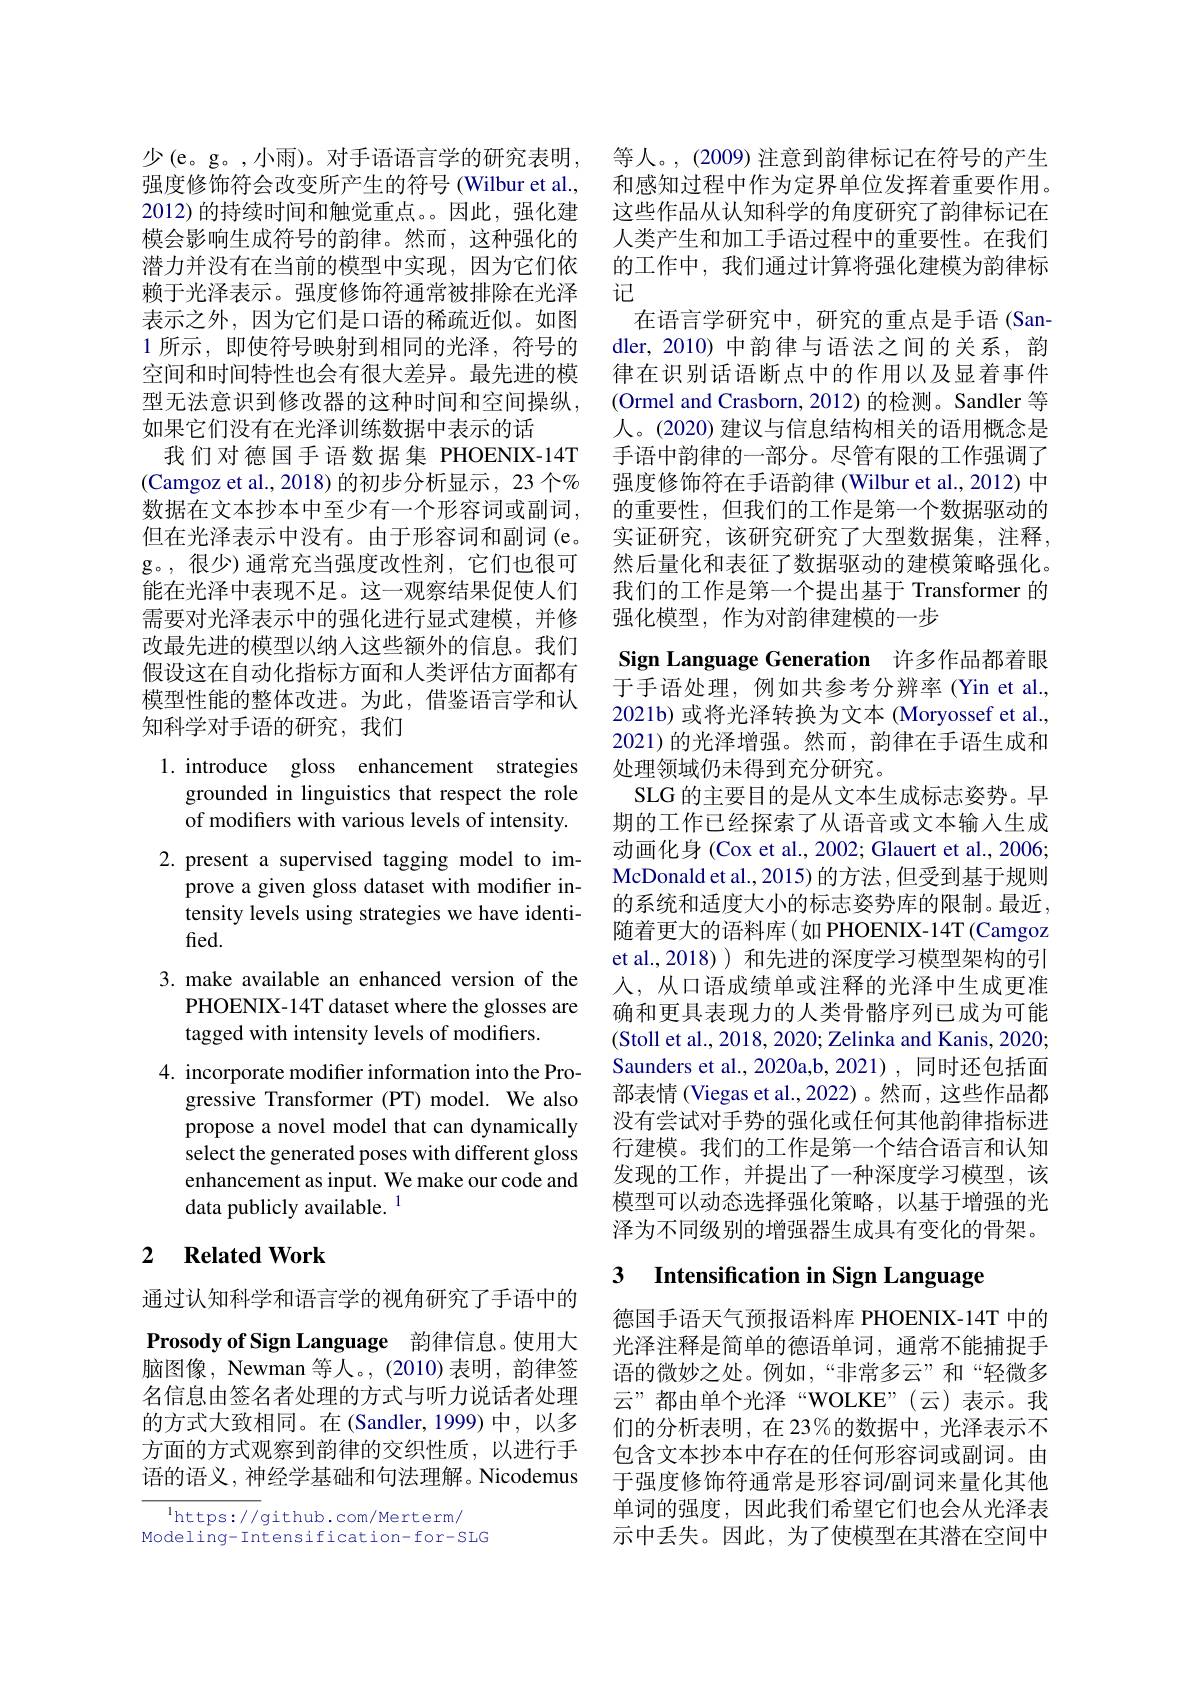
强度修饰符会改变所产生的符号 (Wilbur et al., 模会影响生成符号的韵律。然而，这种强化的潜力并没有在当前的模型中实现，因为它们依赖于光泽表示。强度修饰符通常被排除在光泽表示之外，因为它们是口语的稀疏近似。如图1 所示，即使符号映射到相同的光泽，符号的空间和时间特性也会有很大差异。最先进的模型无法意识到修改器的这种时间和空间操纵， 如果它们没有在光泽训练数据中表示的话
我们对德国手语数据集 PHOENIX-14T (Camgoz et al.,2018)的初步分析显示，23 个% 数据在文本抄本中至少有一个形容词或副词， 但在光泽表示中没有。由于形容词和副词(e。g。,很少)通常充当强度改性剂，它们也很可能在光泽中表现不足。这一观察结果促使人们需要对光泽表示中的强化进行显式建模，并修改最先进的模型以纳入这些额外的信息。我们假设这在自动化指标方面和人类评估方面都有模型性能的整体改进。为此，借鉴语言学和认知科学对手语的研究，我们

1. introduce gloss enhancement strategies
grounded in linguistics that respect the role of modifiers with various levels of intensity.
2.present a supervised tagging model to im-
prove a given gloss dataset with modifier intensity levels using strategies we have identified.
3. make available an enhanced version of the
PHOENIX-14T dataset where the glosses are
tagged with intensity levels of modifiers.
4. incorporate modifier information into the Pro-
gressive Transformer (PT) model. We also propose a novel model that can dynamically select the generated poses with different gloss enhancement as input. We make our code and data publicly available. $^{1}$

## 2 $\textbf{Related Work}$

通过认知科学和语言学的视角研究了手语中的Prosody of Sign Language 韵律信息。使用大脑图像，Newman 等人。, (2010)表明，韵律签名信息由签名者处理的方式与听力说话者处理的方式大致相同。在(Sandler,1999)中，以多方面的方式观察到韵律的交织性质，以进行手语的语义，神经学基础和句法理解。Nicodemus

$^{1}$https://github.com/Merterm/
Modeling- Intensification- for-SLG

少(e。g。,小雨)。对手语语言学的研究表明，等人。,(2009) 注意到韵律标记在符号的产生
和感知过程中作为定界单位发挥着重要作用。
2012) 的持续时间和触觉重点。因此，强化建 这些作品从认知科学的角度研究了韵律标记在
人类产生和加工手语过程中的重要性。在我们的工作中，我们通过计算将强化建模为韵律标记
在语言学研究中，研究的重点是手语(Sandler, 2010) 中韵律与语法之间的关系，韵律在识别话语断点中的作用以及显着事件(Ormel and Crasborn, 2012) 的检测。Sandler 等人。(2020) 建议与信息结构相关的语用概念是手语中韵律的一部分。尽管有限的工作强调了强度修饰符在手语韵律 (Wilbur et al., 2012) 中的重要性，但我们的工作是第一个数据驱动的实证研究，该研究研究了大型数据集，注释， 然后量化和表征了数据驱动的建模策略强化。我们的工作是第一个提出基于 Transformer 的强化模型，作为对韵律建模的一步

Sign Language Generation 许多作品都着眼于手语处理，例如共参考分辨率(Yin et al. 2021b) 或将光泽转换为文本 (Moryossef et al., 2021)的光泽增强。然而，韵律在手语生成和处理领域仍未得到充分研究。
SLG 的主要目的是从文本生成标志姿势。早期的工作已经探索了从语音或文本输入生成动画化身 (Cox et al., 2002; Glauert et al., 2006; McDonald et al., 2015) 的方法，但受到基于规则的系统和适度大小的标志姿势库的限制。最近， 随着更大的语料库(如 PHOENIX-14T(Camgoz) et al.,2018) ) 和先进的深度学习模型架构的引人，从口语成绩单或注释的光泽中生成更准确和更具表现力的人类骨骼序列已成为可能(Stoll et al., 2018, 2020; Zelinka and Kanis, 2020; Saunders et al.,2020a,b,2021),同时还包括面部表情 (Viegas et al.,2022)。然而 , 这些作品都没有尝试对手势的强化或任何其他韵律指标进行建模。我们的工作是第一个结合语言和认知发现的工作，并提出了一种深度学习模型，该模型可以动态选择强化策略，以基于增强的光泽为不同级别的增强器生成具有变化的骨架。3 Intensification in Sign Language

德国手语天气预报语料库 PHOENIX-14T 中的光泽注释是简单的德语单词，通常不能捕捉手语的微妙之处。例如，“非常多云”和“轻微多云”都由单个光泽“WOLKE”(云)表示。我们的分析表明，在 23%的数据中，光泽表示不包含文本抄本中存在的任何形容词或副词。由于强度修饰符通常是形容词/副词来量化其他单词的强度，因此我们希望它们也会从光泽表示中丢失。因此，为了使模型在其潜在空间中